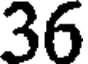
36